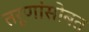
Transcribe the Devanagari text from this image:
तरूणांसोबत